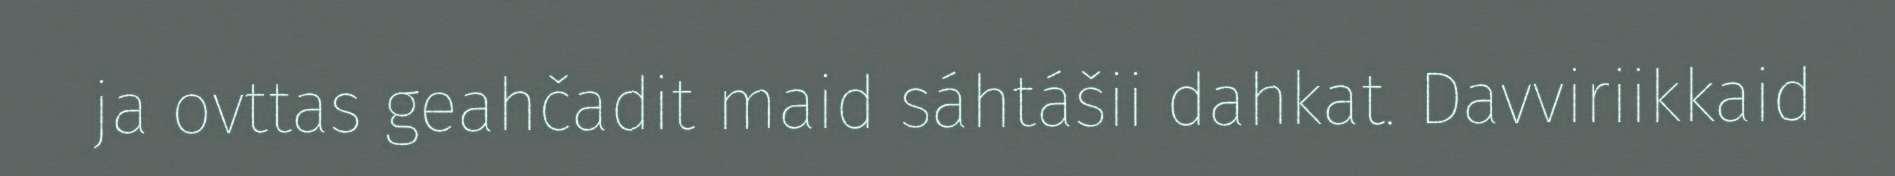
ja ovttas geahčadit maid sáhtášii dahkat. Davviriikkaid